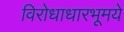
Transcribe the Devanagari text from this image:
विरोधाधारभूमये